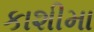
કાશીમા